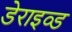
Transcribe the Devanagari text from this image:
डेराइव्ड